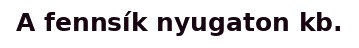
A fennsík nyugaton kb.